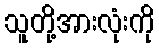
သူတို့အားလုံးကို